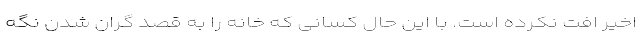
اخیر افت نکرده است. با این حال کسانی که خانه را به قصد گران شدن نگه